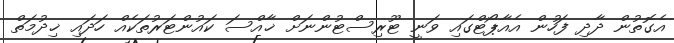
އެގޮތުން ދާދި ފަހުން އެއާޕޯޓްގައި ވަނީ ޓޫރިސްޓުންނަށް ޚާއްސަ ކައުންޓަރުތަކެއް ހަދައި ޚިދުމަތް